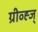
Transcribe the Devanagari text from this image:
ग्रीव्ह्ज्